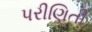
પરીણિતી